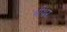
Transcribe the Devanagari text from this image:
भीथर